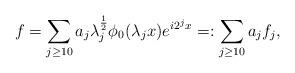
LaTeX: \begin{align*}f= \sum_{j\ge 10} a_j \lambda_j^{\frac 12} \phi_0(\lambda_j x) e^{i 2^j x} =: \sum_{j\ge 10} a_j f_j,\end{align*}